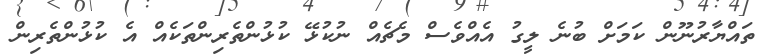
ތައްޔާރުނޫން ކަމަށް ބުނެ ލީގު އެއްވެސް މެޗެއް ނުކުޅޭ ކުޅުންތެރިންތަކެއް އެ ކުޅުންތެރިން